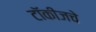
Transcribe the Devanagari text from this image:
टॉकीजचे